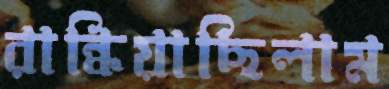
রান্ধিয়াছিলাম